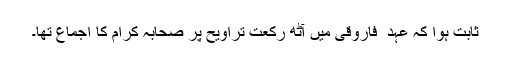
ثابت ہوا کہ عہد ِ فاروقی میں آٹھ رکعت تراویح پر صحابہ کرام کا اجماع تھا۔